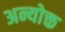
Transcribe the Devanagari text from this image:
अन्योक्त